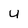
Character: U